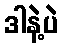
ဒါနဲ့ပဲ